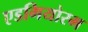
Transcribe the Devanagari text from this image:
एडगियोरम